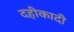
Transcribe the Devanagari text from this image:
दहीकादी